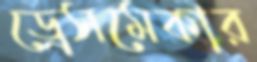
ড্রেসমেকার